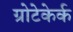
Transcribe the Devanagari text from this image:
ग्रोटेकेर्क